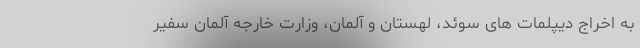
به اخراج دیپلمات های سوئد، لهستان و آلمان، وزارت خارجه آلمان سفیر